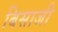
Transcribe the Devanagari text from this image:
बिसाजी